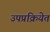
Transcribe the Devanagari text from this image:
उपप्रक्रियेत